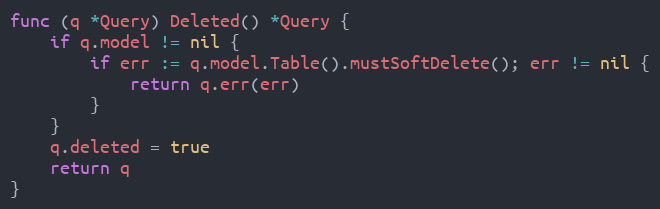
Language: Go
func (q *Query) Deleted() *Query {
	if q.model != nil {
		if err := q.model.Table().mustSoftDelete(); err != nil {
			return q.err(err)
		}
	}
	q.deleted = true
	return q
}